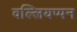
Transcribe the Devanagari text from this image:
वल्लियप्पन